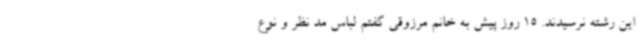
این رشته نرسیدند. 15 روز پیش به خانم مرزوقی گفتم لباس مد نظر و نوع